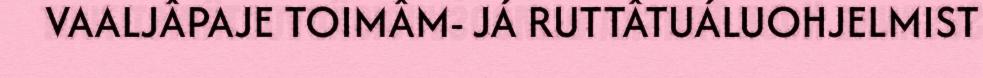
VAALJÂPAJE TOIMÂM- JÁ RUTTÂTUÁLUOHJELMIST